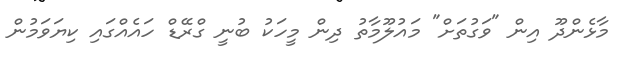
މާޅެންދޫ އިން "ވަގުތަށް" މައުލޫމާތު ދިން މީހަކު ބުނީ ގްރޭޑް ހައެއްގައި ކިޔަވަމުން